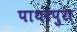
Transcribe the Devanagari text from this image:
पाथरपुरा